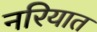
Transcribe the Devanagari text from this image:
नरियात